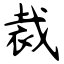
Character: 裁